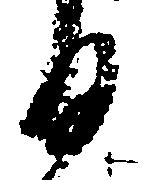
る